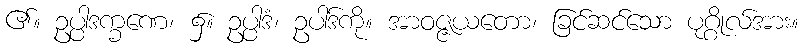
၏။ ဥပ္ပါဒက္ခဏေ၊ ၌။ ဥပ္ပါဒံ၊ ဥပါဒ်ကို။ အာဝဇ္ဇယတော၊ ခြင်ဆင်သော ပုဂ္ဂိုလ်အား။